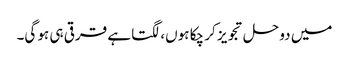
میں دو حل تجویز کر چکا ہوں، لگتا ہے قرقی ہی ہو گی۔